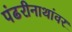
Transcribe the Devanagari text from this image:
पंढरीनाथांवर